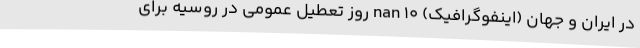
در ایران و جهان (اینفوگرافیک) nan ۱۰ روز تعطیل عمومی در روسیه برای